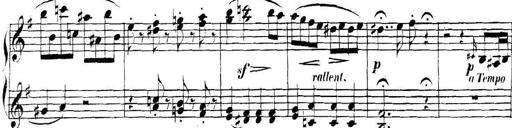
Title: Collected Piano Sonatas
Composer: Muzio Clementi